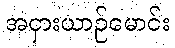
အငှားယာဉ်မောင်း